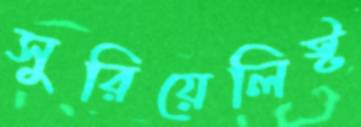
সুরিয়েলিস্ট